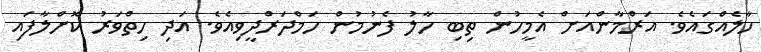
ހާލެއްގައެވެ. އަރްމާންއަށް އެމީހުން ތިބި ހާލު ފެނުމުން ހަމްދަރްދީވިއެވެ. އަދި ހިތްވަރު ކޮށްލާފައި